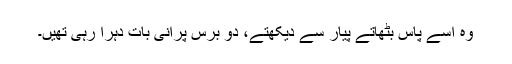
وہ اسے پاس بٹھاتے پیار سے دیکھتے، دو برس پرانی بات دہرا رہی تھیں۔